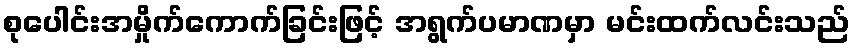
စုပေါင်းအမှိုက်ကောက်ခြင်းဖြင့် အရွက်ပမာဏမှာ မင်းထက်လင်းသည်